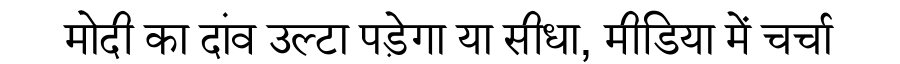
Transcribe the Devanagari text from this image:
मोदी का दांव उल्टा पड़ेगा या सीधा, मीडिया में चर्चा